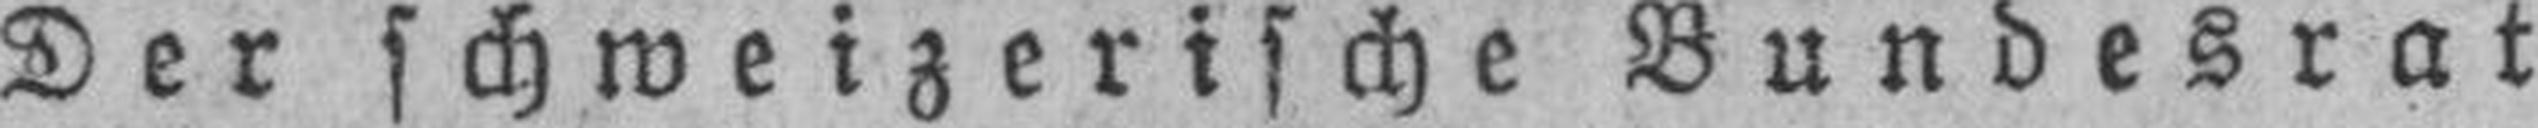
Der schweizerische Bundesrat